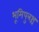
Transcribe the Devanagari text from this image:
भूमिपुत्रश्च